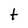
Character: t